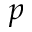
{ p }